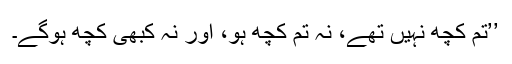
’’تم کچھ نہیں تھے، نہ تم کچھ ہو، اور نہ کبھی کچھ ہوگے۔